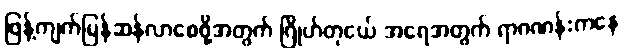
ဖြန့်ကျက်မြန်ဆန်လာစေဖို့အတွက် ဂြိုဟ်တုငယ် အရေအတွက် ရာဂဏန်းကနေ